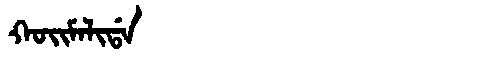
Manchu: ᡴᠣᡳᠮᠠᠯᡳᡩᠠ
Romanization: KOIMALIDA